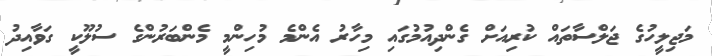
މަޖިލީހުގެ ޖަލްސާތައް ކުރިއަށް ގެންދިއުމުގައި މިހާރު އެންމެ މުހިންމީ މެންބަރުންގެ ސުލޫކީ ގަވާއިދު